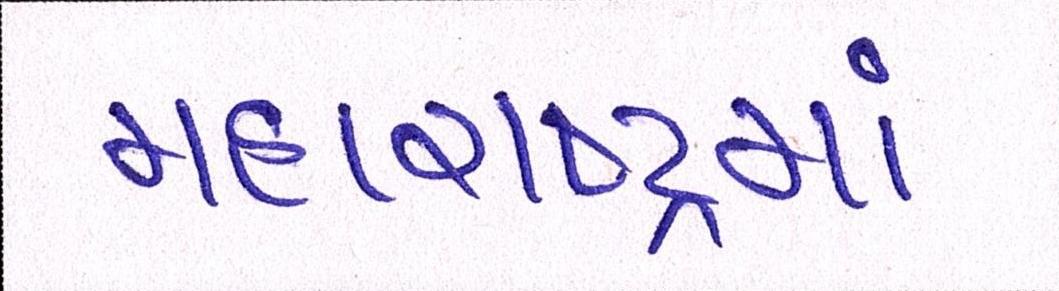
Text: મહારાષ્ટ્રમાં